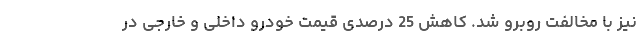
نیز با مخالفت روبرو شد. کاهش 25 درصدی قیمت خودرو داخلی و خارجی در